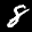
Label: 8